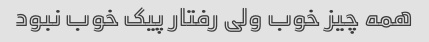
همه چیز خوب ولی رفتار پیک خوب نبود